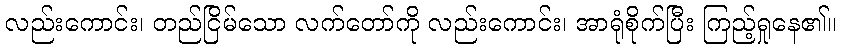
လည်းကောင်း၊ တည်ငြိမ်သော လက်တော်ကို လည်းကောင်း၊ အာရုံစိုက်ပြီး ကြည့်ရှုနေ၏။